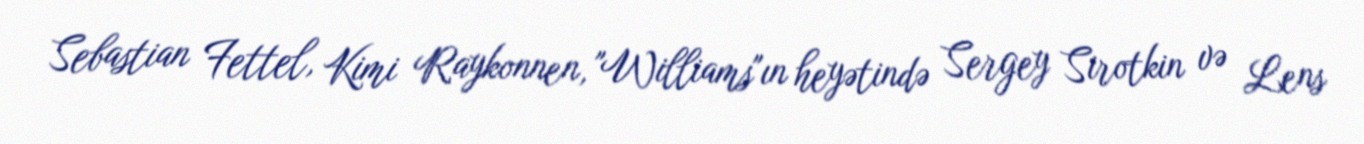
Sebastian Fettel, Kimi Raykonnen, "Williams"ın heyətində Sergey Sirotkin və Lens